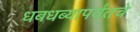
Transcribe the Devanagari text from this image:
धबधब्यापर्यंतचे